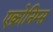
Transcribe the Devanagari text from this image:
एक्रोनिम्स